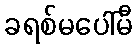
ခရစ်မပေါ်မီ